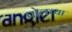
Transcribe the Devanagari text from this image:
पोलच्या